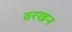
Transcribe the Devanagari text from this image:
वरखन